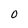
Character: O